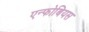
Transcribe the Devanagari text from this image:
एन्फोबियस